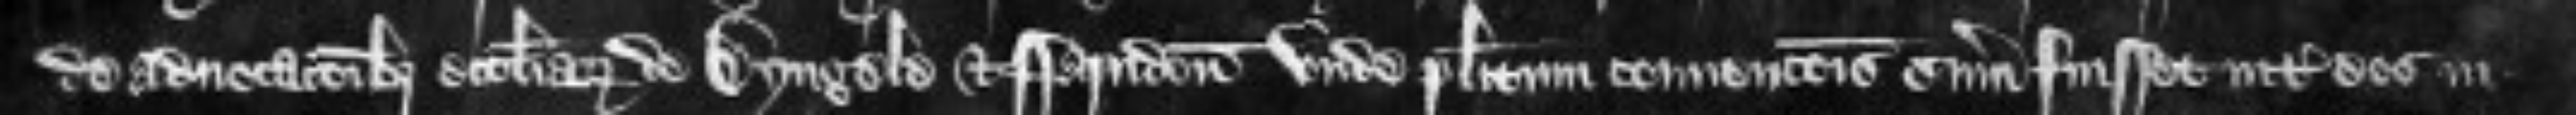
de advocationibus ecclesiarum de Dyngele et Farndon unde placitum convencionis summonitum fuisset inter eos in